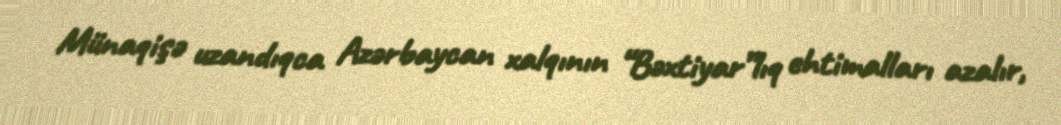
Münaqişə uzandıqca Azərbaycan xalqının “Bəxtiyar”lıq ehtimalları azalır,